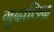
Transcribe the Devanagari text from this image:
गुदाछिद्र